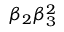
\beta _ { 2 } \beta _ { 3 } ^ { 2 }